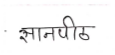
मजकूर: ज्ञानपीठ